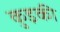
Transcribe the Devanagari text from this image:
कुइकी